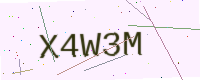
Text: X4W3M